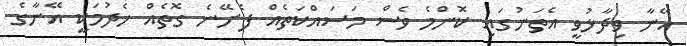
އޭނާ ވިދާޅުވީ އެތަނުގައި ކޮންމެ ވެސް މަސައްކަތެއް ފެށޭނެ ގޮތެއް ހެދުމަކީ އޭނާގެ